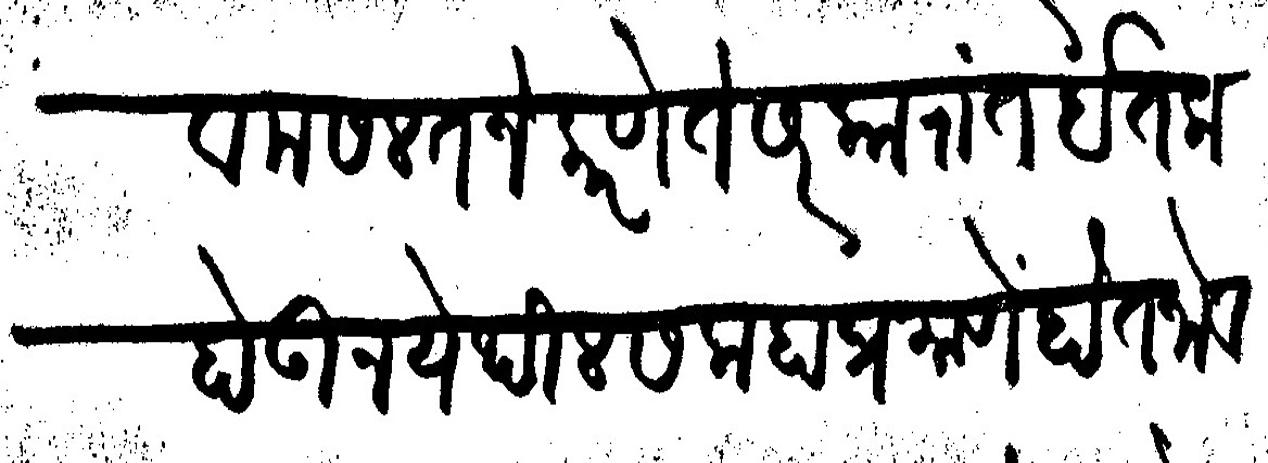
Transliteration (Devanagari): व मसलत जे करणे ते सरकारांत इतला होऊन येथील सलाहाप्रमाणें होत जावे